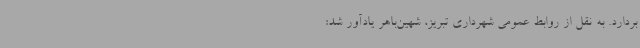
بردارد. به نقل از روابط عمومی شهرداری تبریز، شهین‌باهر یادآور شد: